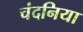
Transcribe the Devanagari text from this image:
चंदनिया